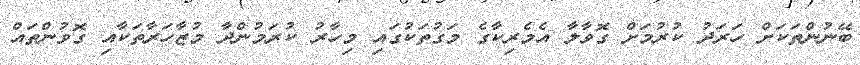
ބޭނުންތަކަށް ހަރަދު ކުރުމަށް ގޮވާލާ އެމެރިކާގެ މަގުތަކުގައި މިހާރު ކުރަމުންދާ މުޒާހަރާތަކާއި ގޮވުންތައް